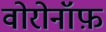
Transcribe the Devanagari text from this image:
वोरोनॉफ़